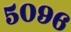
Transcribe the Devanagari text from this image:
५०९६